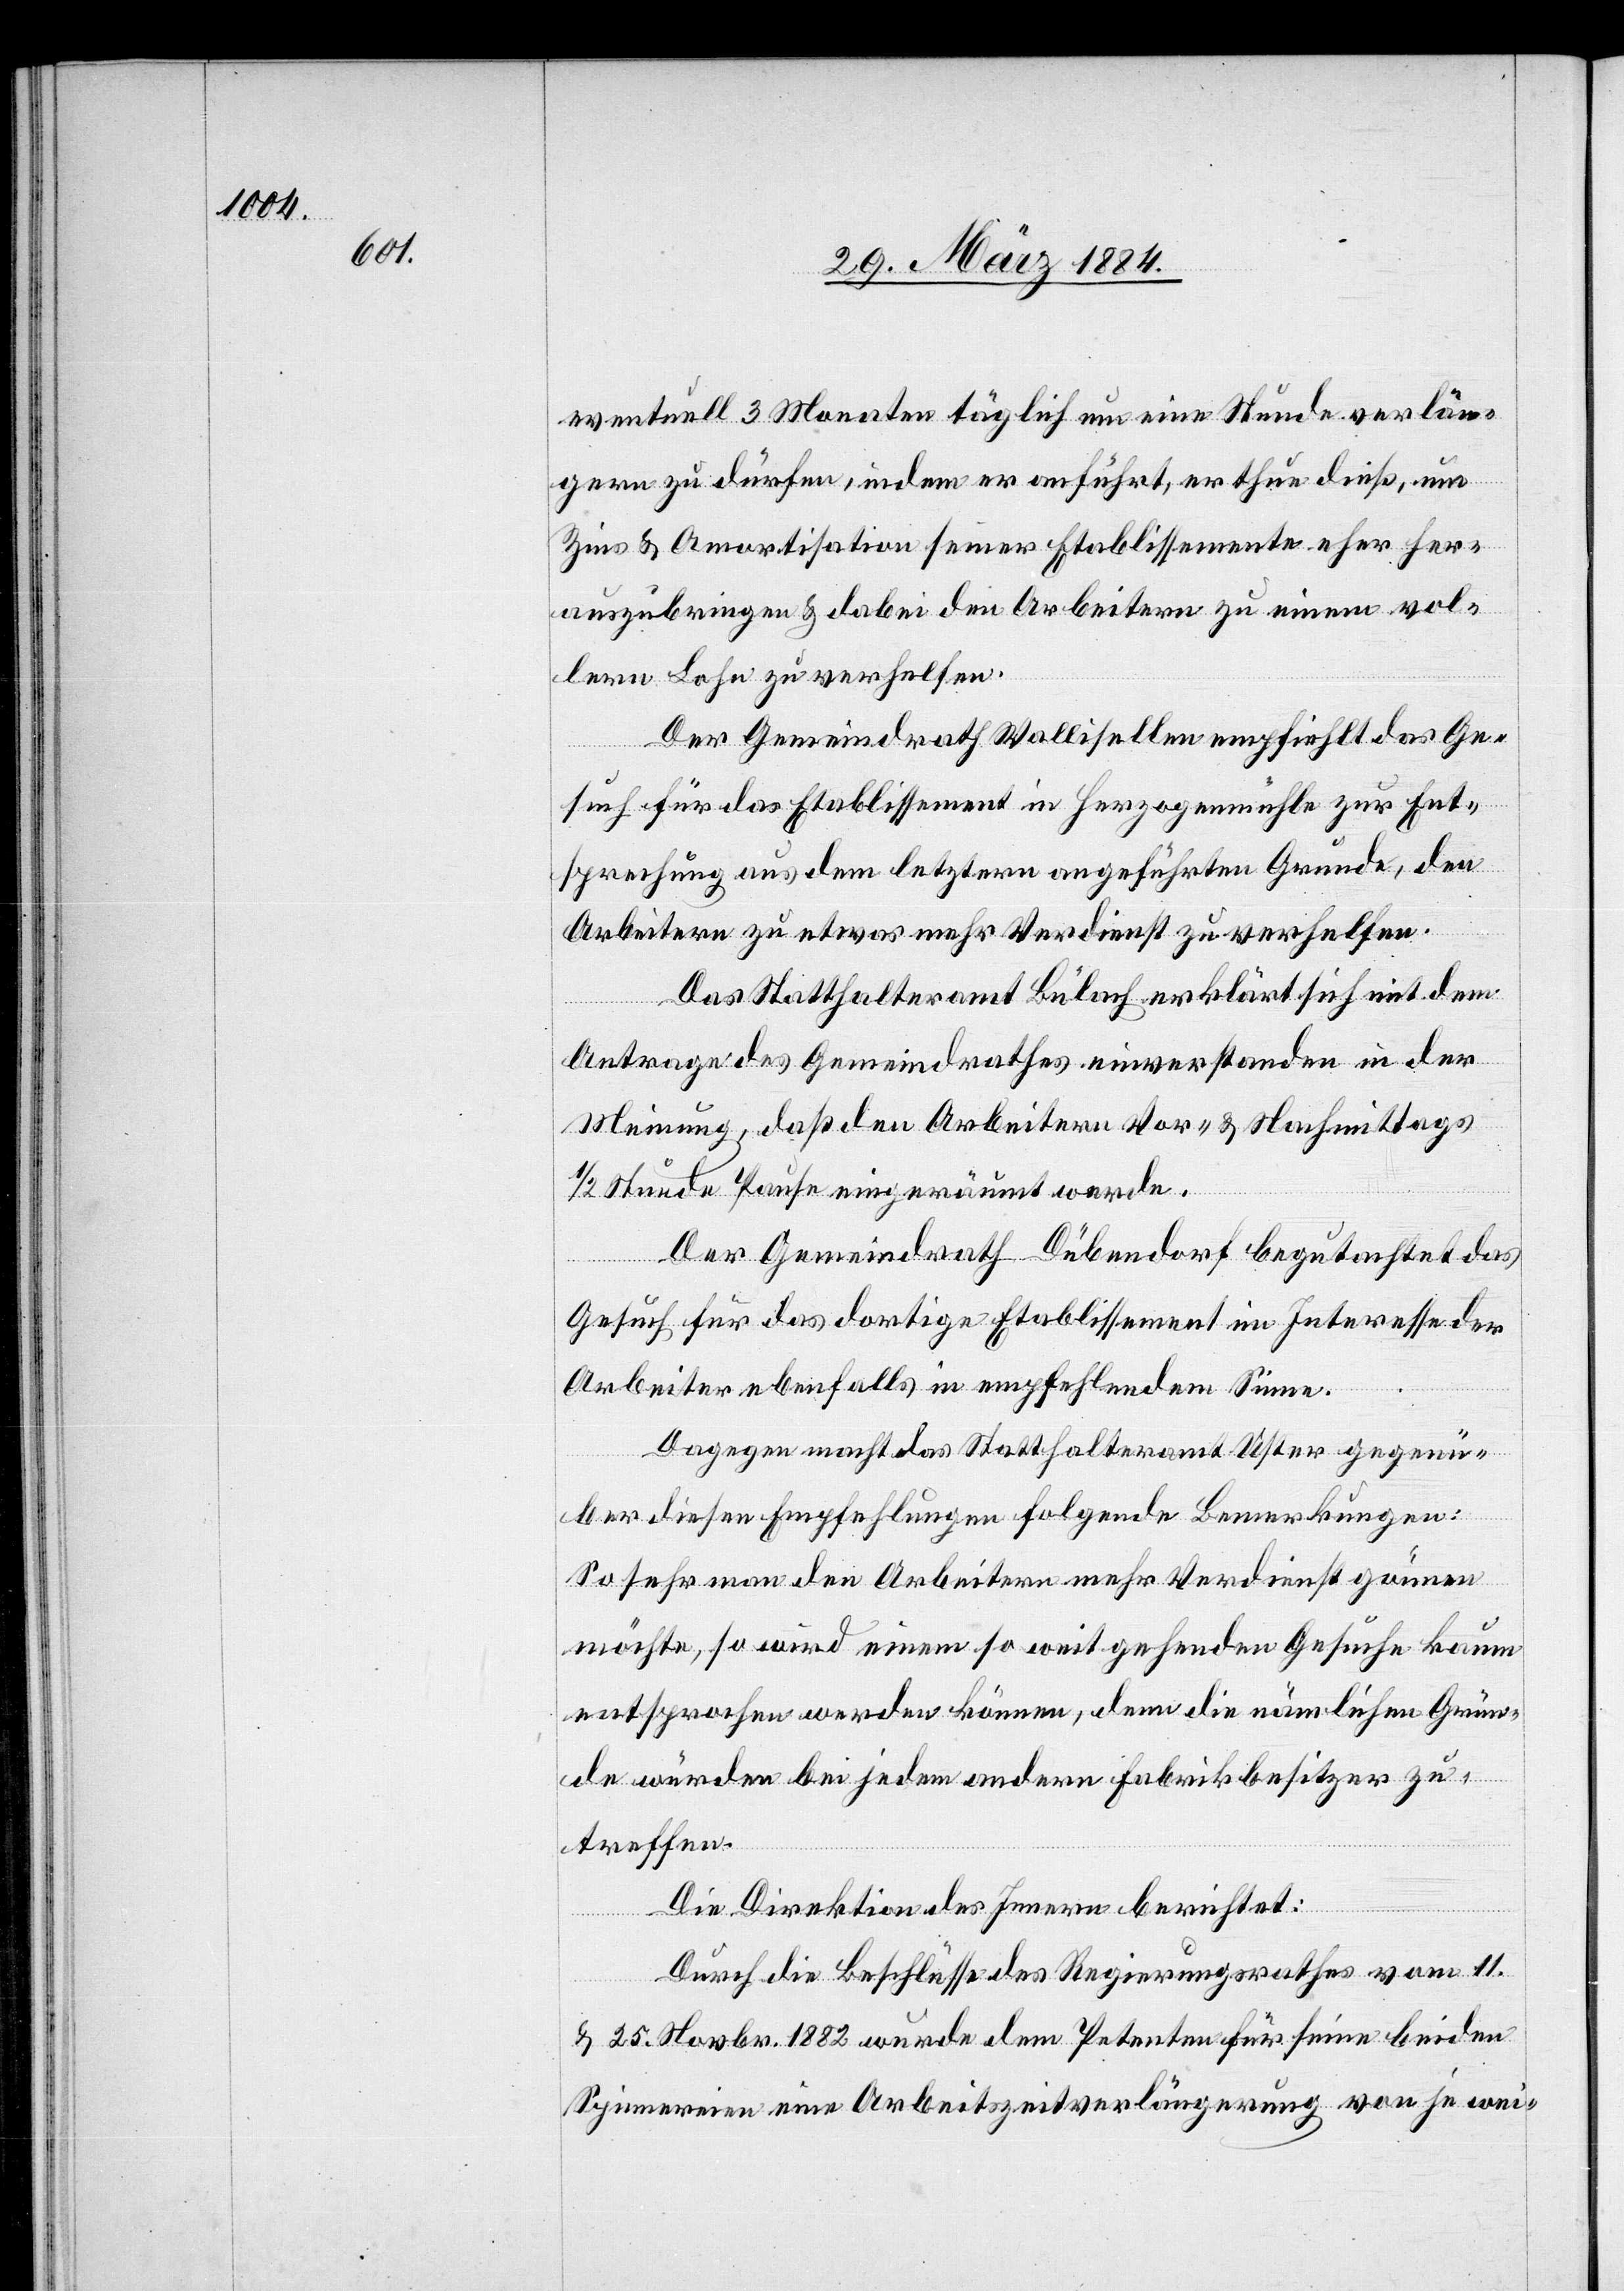
eventuell 3 Monaten täglich um eine Stunde verlän¬
gern zu dürfen, indem er anführt, er thue dieß, um
Zins & Amortisation seiner Etablissement eher her¬
auszubringen & dabei den Arbeitern zu einem vol¬
leren Lohen zu verhelfen.
Der Gemeindrath Wallisellen empfiehlt das Ge¬
such für das Etablissement in Herzogenmühle zu Ent¬
sprechung aus dem letztern angeführten Grunde, den
Arbeitern zu etwas mehr Verdienst zu verhelfen.
Das Statthalteramt Bülach erklärt sich mit dem
Antrage des Gemeindrathes einverstanden in der
Meinung, daß den Arbeitern Vor- & Nachmittags
1/2 Stunde Pause eingeräumt werde.
Der Gemeindrath Dübendorf begutachtet das
Gesuch für das dortige Etablissement im Interesse der
Arbeiter ebenfalls in empfehlendem Sinne.
Dagegen macht das Statthalteramt Uster gegenü¬
ber diesen Empfehlungen folgende Bemerkungen:
So sehr man den Arbeitern mehr Verdienst gönnen
möchte, so wird einem so weit gehenden Gesuche kaum
entsprochen werden können, denn die nämlichen Grün¬
de würden bei jedem andern Fabrikbesitzer zu¬
treffen.
Die Direktion des Innern berichtet:
Durch die Beschlüsse des Regierungsrathes vom 11.
& 25. Novbr. 1882 wurde dem Petenten für seine beiden
Spinnereien eine Arbeitszeitverlängerung von je wei-